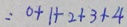
= 0 + 1 + 2 + 3 + 4